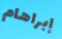
إبراهام